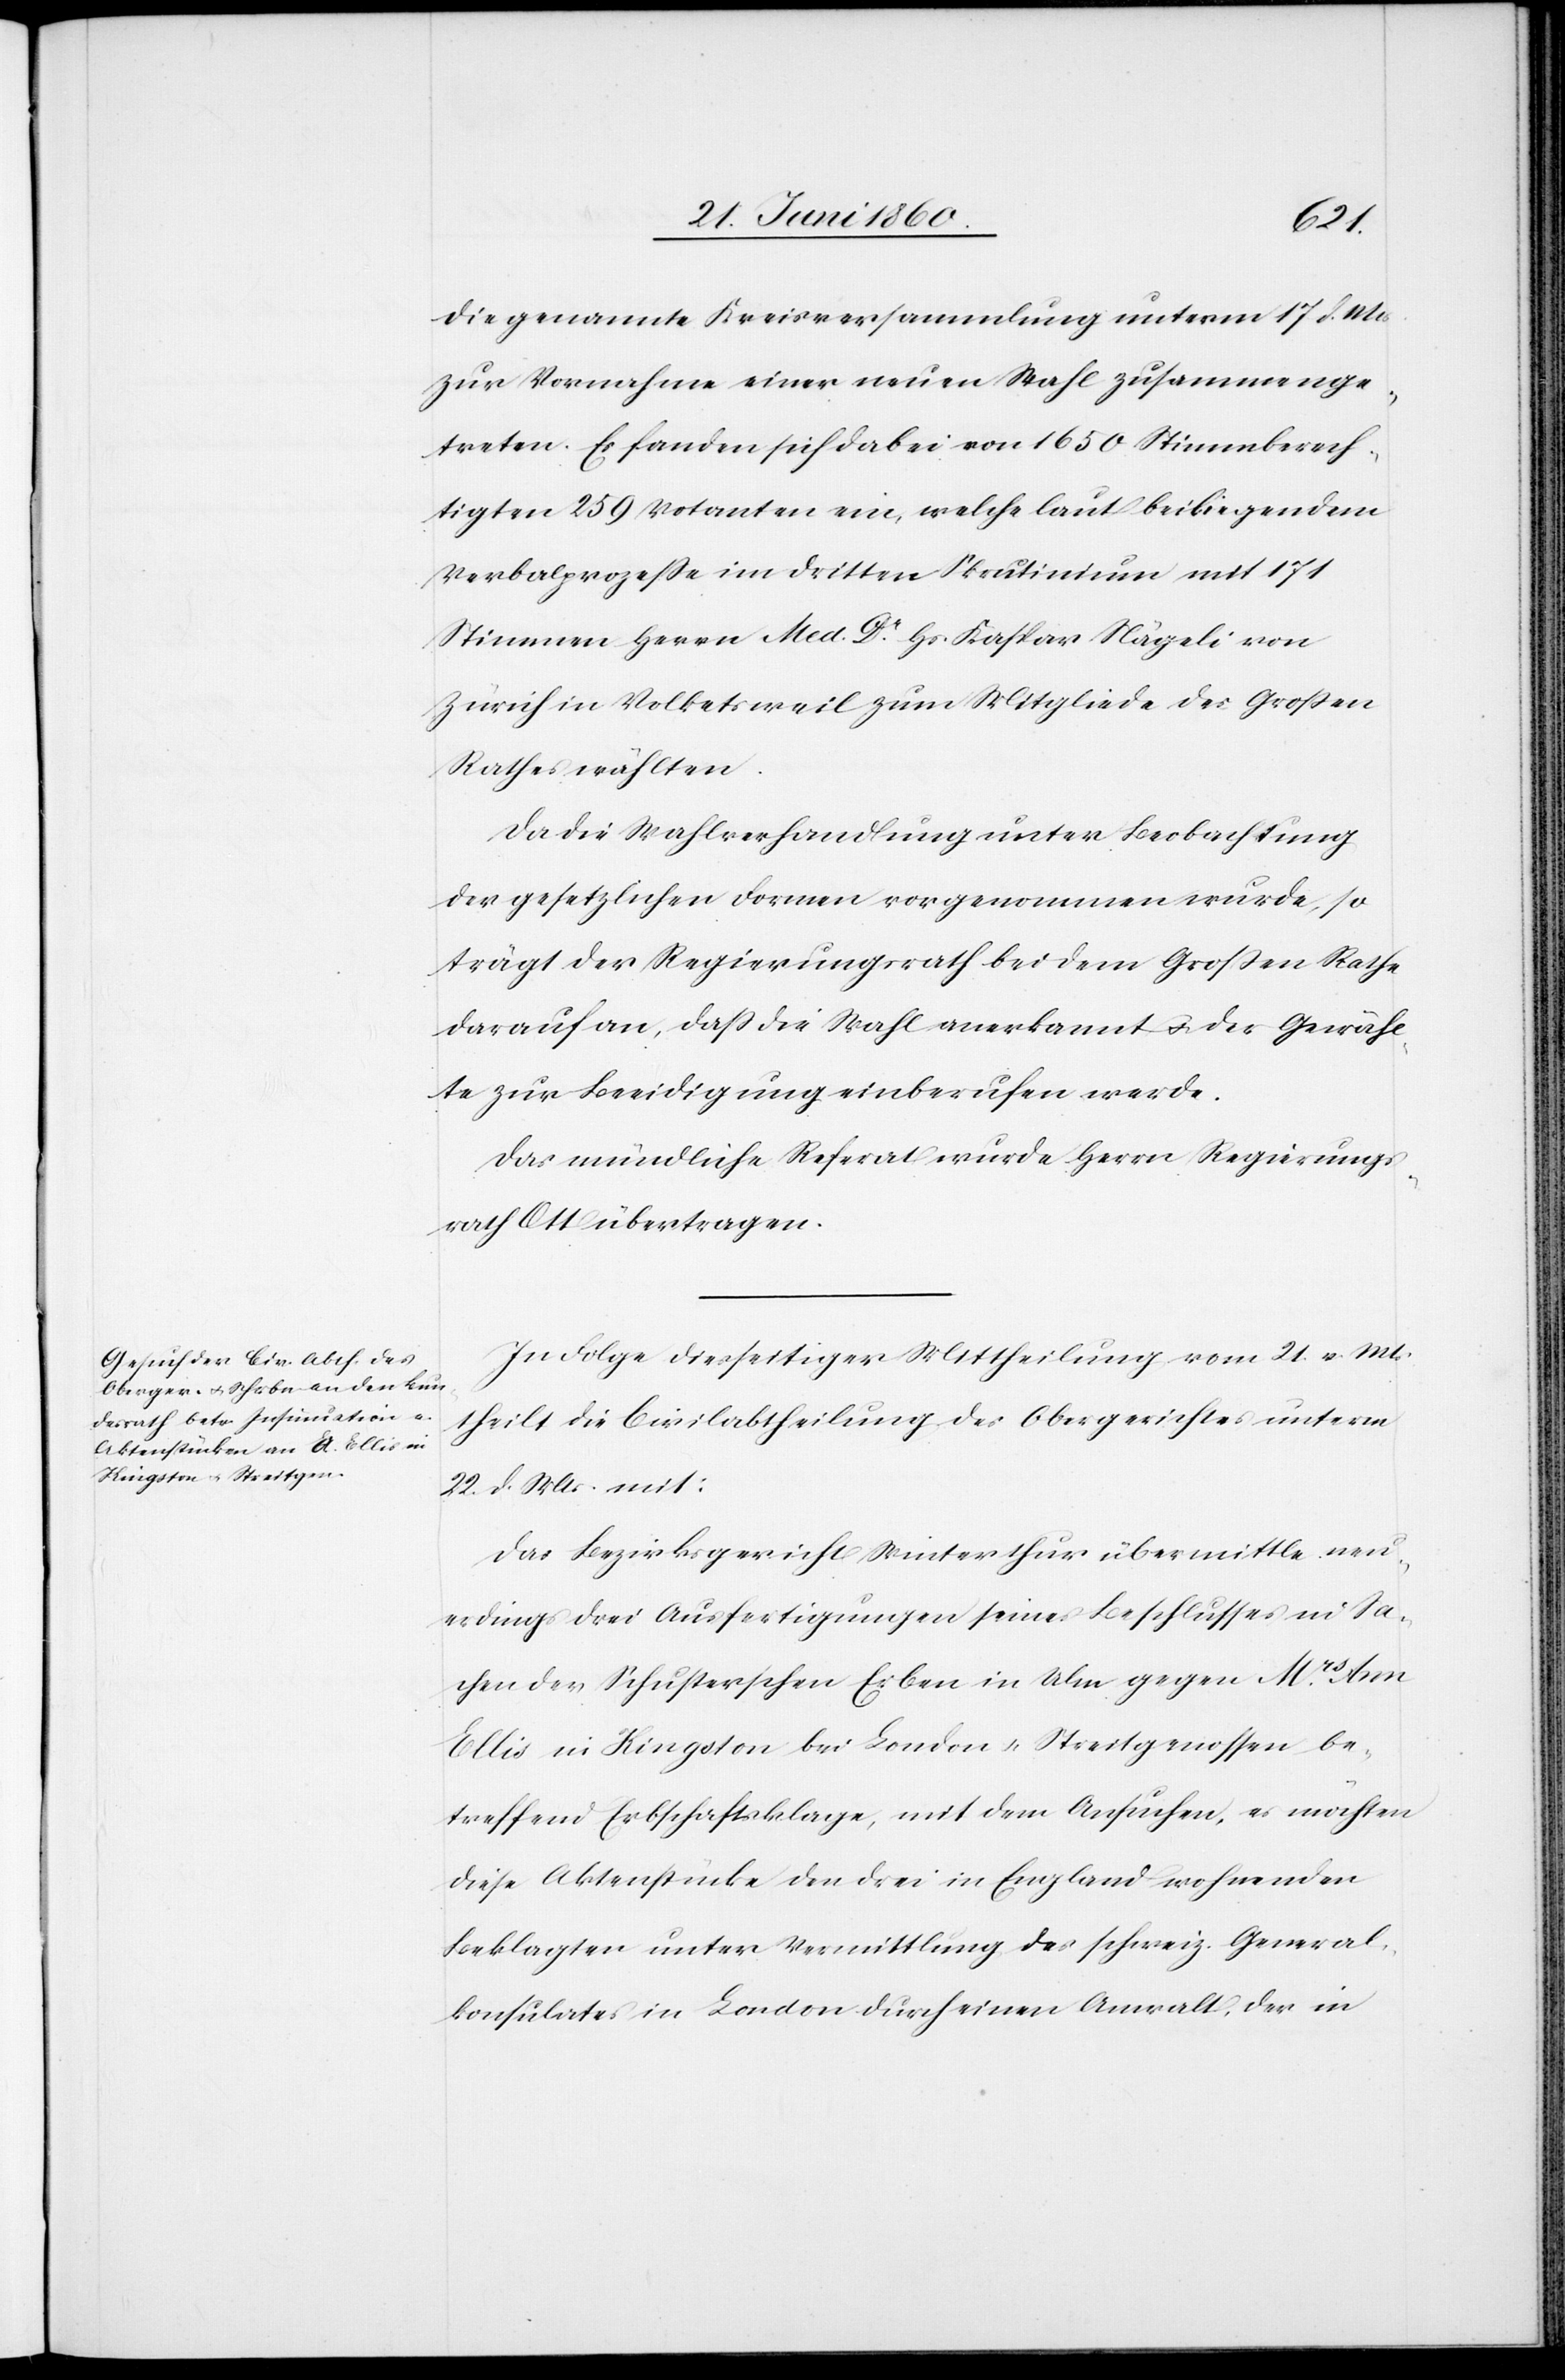
22. Juni 1860.]
die genannte Kreisversammlung unterm 17. d. Mts.
zur Vornahme einer neuen Wahl zusammenge¬
treten. Es fanden sich dabei von 1650 Stimmberech¬
tigten 259 Votanten ein, welche laut beiliegendem
Verbalprozesse im dritten Skrutinium mit 171
Stimmen Herrn Med. Dr Hs. Kaspar Nägeli von
Zürich in Volketsweil zum Mitgliede des Grossen
Rathes erwählten.
Da die Wahlverhandlung unter Beobachtung
der gesetzlichen Formen vorgenommen wurde, so
trägt der Regierungsrath bei dem Grossen Rathe
darauf an, dass die Wahl anerkannt u. der Gewähl¬
te zur Beeidigung einberufen werde.
Das mündliche Referat wurde Herrn Regierungs¬
rath Ott übertragen.
In Folge diesseitiger Mittheilung vom 21. v. Mts.
theilt die Civilabtheilung des Obergerichtes unterm
22. d. Mts. mit:
Das Bezirksgericht Winterthur übermittle neu¬
erdings drei Ausfertigungen seines Beschlusses in Sa¬
chen der Schusterschen Erben in Ulm gegen Mrs Ann
Ellis in Kingston bei London u. Streitgenossen be¬
treffend Erbschaftsklage, mit dem Ansuchen, es möchten
diese Aktenstücke den drei in England wohnenden
Beklagten unter Vermittlung des schweiz. General¬
konsulates in London durch einen Anwalt, der in